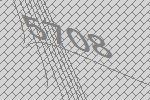
5708